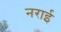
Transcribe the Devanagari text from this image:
नराई